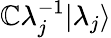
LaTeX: \mathbb{C}\lambda_{j}^{-1}|\lambda_{j}\rangle